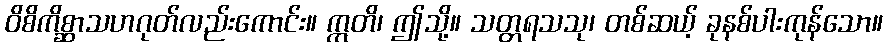
ဝိစိကိစ္ဆာသဟဂုတ်လည်းကောင်း။ ဣတိ၊ ဤသို့။ သတ္တရသသု၊ တစ်ဆယ့် ခုနစ်ပါးကုန်သော။